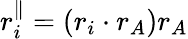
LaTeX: r_{i}^{\parallel}=(r_{i}\cdot r_{A})r_{A}